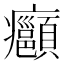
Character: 𭼺